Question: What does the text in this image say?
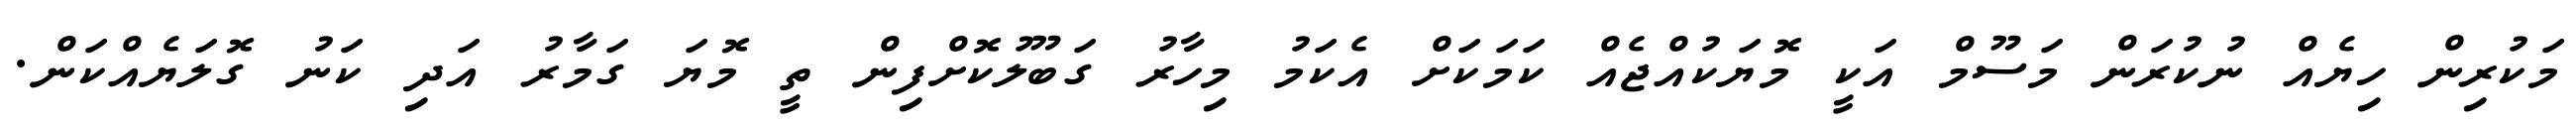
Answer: މަކުރިން ހިޔެއް ނުކުރަން މަސޫމް އަކީ މޮޔަކުއްޖެއް ކަމަކަށް އެކަމު މިހާރު ގަބޫލުކޮށްފިން ތީ މޮޔަ ގަމާރު އަދި ކަނު ގޮލަޔެއްކަން.